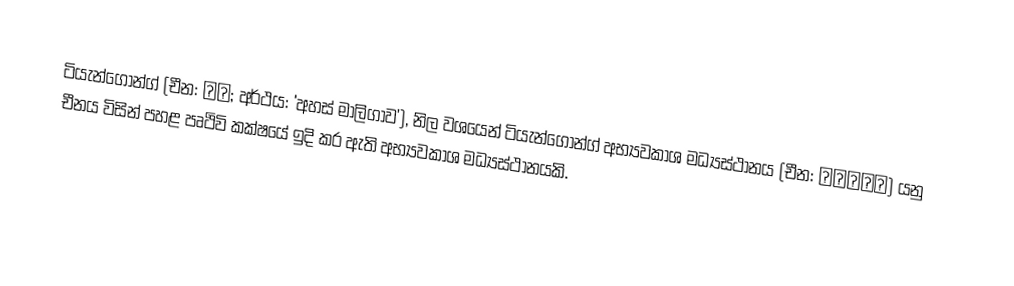
ටියැන්ගොන්ග් (චීන: 天宮; අර්ථය: 'අහස් මාලිගාව'), නිල වශයෙන් ටියැන්ගොන්ග් අභ්‍යවකාශ මධ්‍යස්ථානය (චීන: 天宫空间站) යනු චීනය විසින් පහළ පෘථිවි කක්ෂයේ ඉදි කර ඇති අභ්‍යවකාශ මධ්‍යස්ථානයකි.